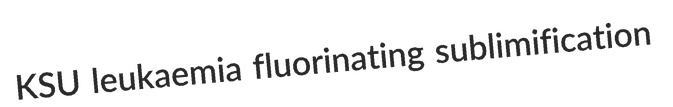
KSU leukaemia fluorinating sublimification